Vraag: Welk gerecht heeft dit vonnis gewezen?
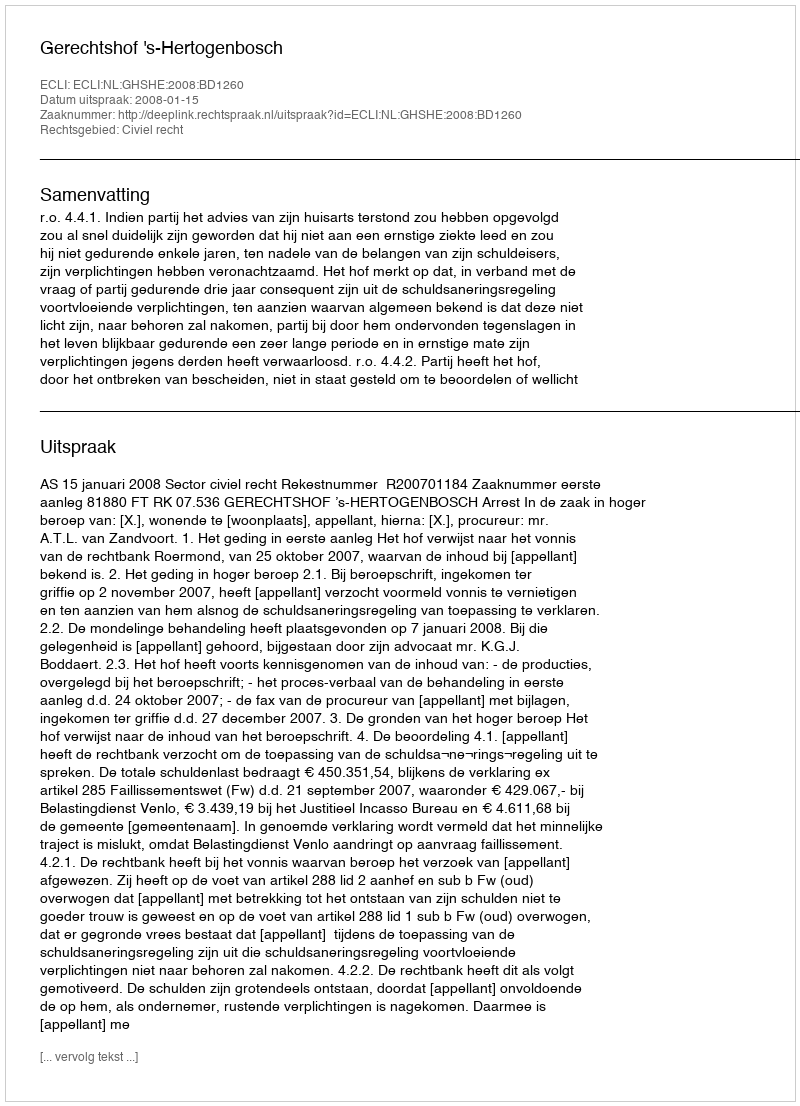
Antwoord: Gerechtshof 's-Hertogenbosch